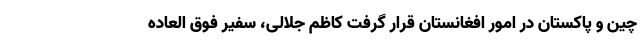
چین و پاکستان در امور افغانستان قرار گرفت کاظم جلالی، سفیر فوق العاده